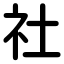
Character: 社